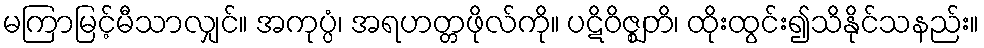
မကြာမြင့်မီသာလျှင်။ အကုပ္ပံ၊ အရဟတ္တဖိုလ်ကို။ ပဋိဝိဇ္ဈတိ၊ ထိုးထွင်း၍သိနိုင်သနည်း။